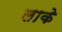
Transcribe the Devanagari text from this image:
लाके